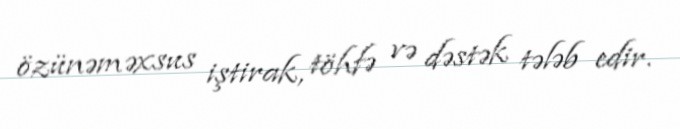
özünəməxsus iştirak, töhfə və dəstək tələb edir.